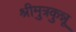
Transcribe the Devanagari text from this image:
श्रीमुत्रकुन्नू